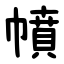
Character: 幩